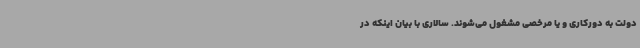
دولت به دورکاری و یا مرخصی مشغول می‌شوند. سالاری با بیان اینکه در